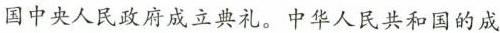
国中央人民政府成立典礼。中华人民共和国的成